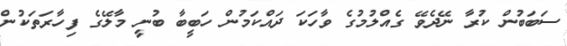
ސަބަބުން ކުރާ ނޭދެވޭ ގެއްލުމުގެ ވާހަކަ ދައްކަމުން ހަބީބާ ބުނީ މާލޭގެ ފިހާރަތަކުން